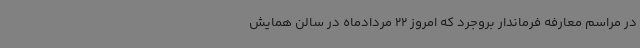
در مراسم معارفه فرماندار بروجرد که امروز 22 مردادماه در سالن همایش